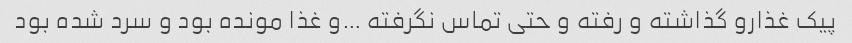
پیک غذارو گذاشته و رفته و حتی تماس نگرفته …و غذا مونده بود و سرد شده بود